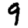
Digit: 9